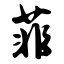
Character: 菲